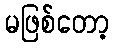
မဖြစ်တော့